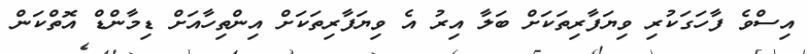
އިސްވެ ފާހަގަކުރި ވިޔަފާރިތަކަށް ބަލާ އިރު އެ ވިޔަފާރިތަކަށް އިންތިހާއަށް ޑިމާންޑް އޮތްކަން